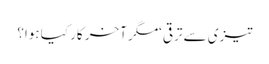
تیزی سے ترقی ‘مگر آخر کار کیا ہوا؟